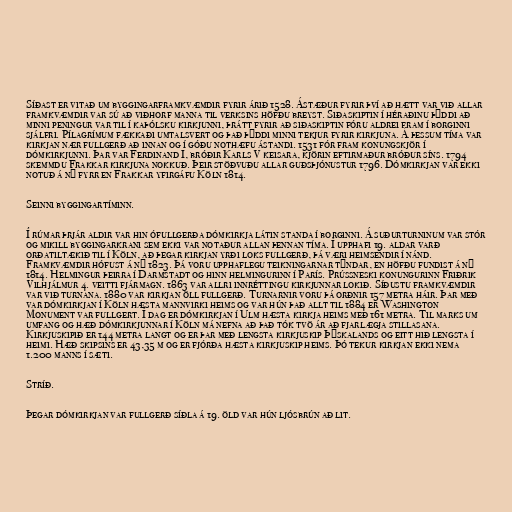
Síðast er vitað um byggingarframkvæmdir fyrir árið 1528. Ástæður fyrir því að hætt var við allar
framkvæmdir var sú að viðhorf manna til verksins höfðu breyst. Siðaskiptin í héraðinu þýddi að
minni peningur var til í kaþólsku kirkjunni, þrátt fyrir að siðaskiptin fóru aldrei fram í borginni
sjálfri. Pílagrímum fækkaði umtalsvert og það þýddi minni tekjur fyrir kirkjuna. Á þessum tíma var
kirkjan nær fullgerð að innan og í góðu nothæfu ástandi. 1531 fór fram konungskjör í
dómkirkjunni. Þar var Ferdinand I, bróðir Karls V keisara, kjörin eftirmaður bróður síns. 1794
skemmdu Frakkar kirkjuna nokkuð. Þeir stöðvuðu allar guðsþjónustur 1796. Dómkirkjan var ekki
notuð á ný fyrr en Frakkar yfirgáfu Köln 1814.

Seinni byggingartíminn.

Í rúmar þrjár aldir var hin ófullgerða dómkirkja látin standa í borginni. Á suðurturninum var stór
og mikill byggingarkrani sem ekki var notaður allan þennan tíma. Í upphafi 19. aldar varð
orðatiltækið til í Köln, að þegar kirkjan yrði loks fullgerð, þá væri heimsendir í nánd.
Framkvæmdir hófust á ný 1823. Þá voru upphaflegu teikningarnar týndar, en höfðu fundist á ný
1814. Helmingur þeirra í Darmstadt og hinn helmingurinn í París. Prússneski konungurinn Friðrik
Vilhjálmur 4. veitti fjármagn. 1863 var allri innréttingu kirkjunnar lokið. Síðustu framkvæmdir
var við turnana. 1880 var kirkjan öll fullgerð. Turnarnir voru þá orðnir 157 metra háir. Þar með
var dómkirkjan í Köln hæsta mannvirki heims og var hún það allt til 1884 er Washington
Monument var fullgert. Í dag er dómkirkjan í Ulm hæsta kirkja heims með 161 metra. Til marks um
umfang og hæð dómkirkjunnar í Köln má nefna að það tók tvö ár að fjarlægja stillasana.
Kirkjuskipið er 144 metra langt og er þar með lengsta kirkjuskip Þýskalands og eitt hið lengsta í
heimi. Hæð skipsins er 43,35 m og er fjórða hæsta kirkjuskip heims. Þó tekur kirkjan ekki nema
1.200 manns í sæti.

Stríð.

Þegar dómkirkjan var fullgerð síðla á 19. öld var hún ljósbrún að lit.